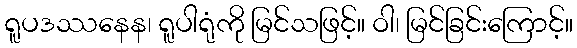
ရူပဒဿနေန၊ ရူပါရုံကို မြင်သဖြင့်။ ဝါ၊ မြင်ခြင်းကြောင့်။